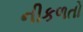
નીકળતો